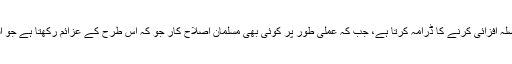
تاہم پراپیگنڈہ کرنے والے جیسے کہ ایک یہ جو کہ مسلمانوں کی اصلاح اور ترقی پر حوصلہ افزائی کرنے کا ڈرامہ کرتا ہے، جب کہ عملی طور پر کوئی بھی مسلمان اصلاح کار جو کہ اس طرح کے عزائم رکھتا ہے جو اسلامی روایات میں کوئی خوبی دیکھتا ہے جو کچھ بھی ہے اس پر اعتراضات اٹھاتے ہیں۔